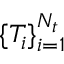
\lbrace T _ { i } \rbrace _ { i = 1 } ^ { N _ { t } }